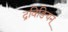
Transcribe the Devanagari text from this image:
द्रविङियन्